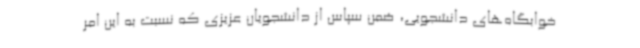
خوابگاه‌های دانشجویی، ضمن سپاس از دانشجویان عزیزی که نسبت به این امر